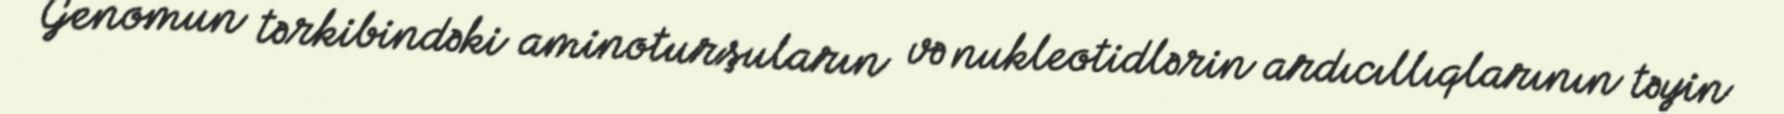
Genomun tərkibindəki aminoturşuların və nukleotidlərin ardıcıllıqlarının təyin